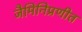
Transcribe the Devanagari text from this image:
जैमिनिप्रणीत